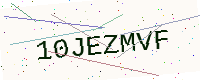
Text: 10JEZMVF